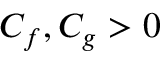
C _ { f } , C _ { g } > 0